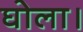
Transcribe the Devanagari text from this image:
घोला।